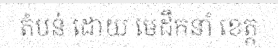
តំបន់ ដោយ មេដឹកនាំ ខេត្ត